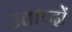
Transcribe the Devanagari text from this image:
उताप्दों